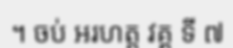
។ ចប់ ឣរហត្ត វគ្គ ទី ៧